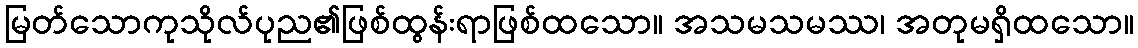
မြတ်သောကုသိုလ်ပုည၏ဖြစ်ထွန်းရာဖြစ်ထသော။ အသမသမဿ၊ အတုမရှိထသော။